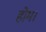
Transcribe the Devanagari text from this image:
होम।